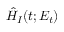
\hat { H } _ { I } ( t ; E _ { t } )